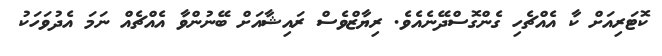
ކޮޓަރިއަށް ކާ އެއްޗެހި ގެންގޮސްދޭނެއެވެ. ރިޔާޒްވެސް ރައިޝާއަށް ބޭނުންވާ އެެއްޗެއް ނަމަ އެދުވަހަކު